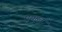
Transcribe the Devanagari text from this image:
मुग्गुलु